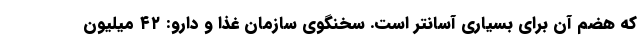
که هضم آن برای بسیاری آسانتر است. سخنگوی سازمان غذا و دارو: ۴۲ میلیون